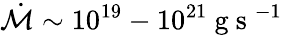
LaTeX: \dot{\mathcal{M}}\sim 10^{19}-10^{21}\mathrm{~g~s~}^{-1}